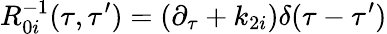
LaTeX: R_{0i}^{-1}(\tau,\tau^{\prime})=(\partial_{\tau}+k_{2i})\delta(\tau-\tau^{\prime})